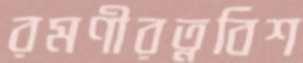
রমণীরত্নবিশ